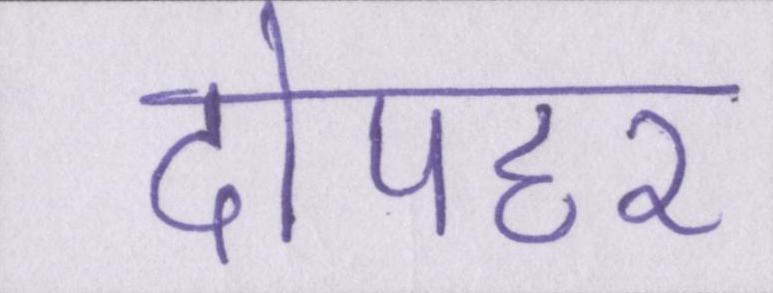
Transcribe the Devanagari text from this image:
दोपहर